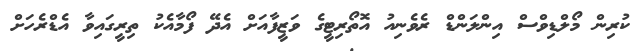
ކުރިން މޯލްޑިވްސް އިންލަންޑް ރެވެނިއު އޮތޯރިޓީގެ ވަޒީފާއަށް އެދޭ ފޯމާއެކު ތިރީގައިވާ އެޑްރެހަށް